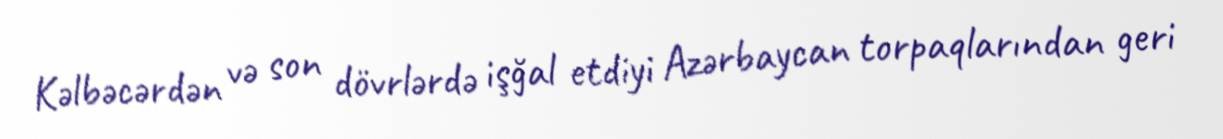
Kəlbəcərdən və son dövrlərdə işğal etdiyi Azərbaycan torpaqlarından geri